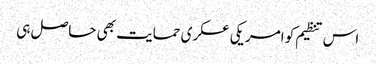
اس تنظیم کو امریکی عسکری حمایت بھی حاصل ہی